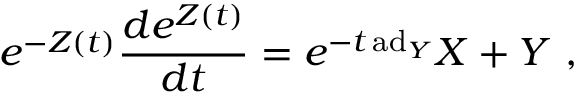
e ^ { - Z ( t ) } { \frac { d e ^ { Z ( t ) } } { d t } } = e ^ { - t \, \mathrm { a d } _ { Y } } X + Y ~ ,